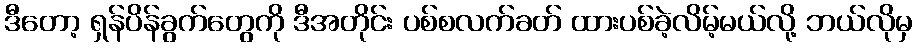
ဒီတော့ ရှန်ပိန်ခွက်တွေကို ဒီအတိုင်း ပစ်စလက်ခတ် ထားပစ်ခဲ့လိမ့်မယ်လို့ ဘယ်လိုမှ